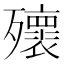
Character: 𣩹